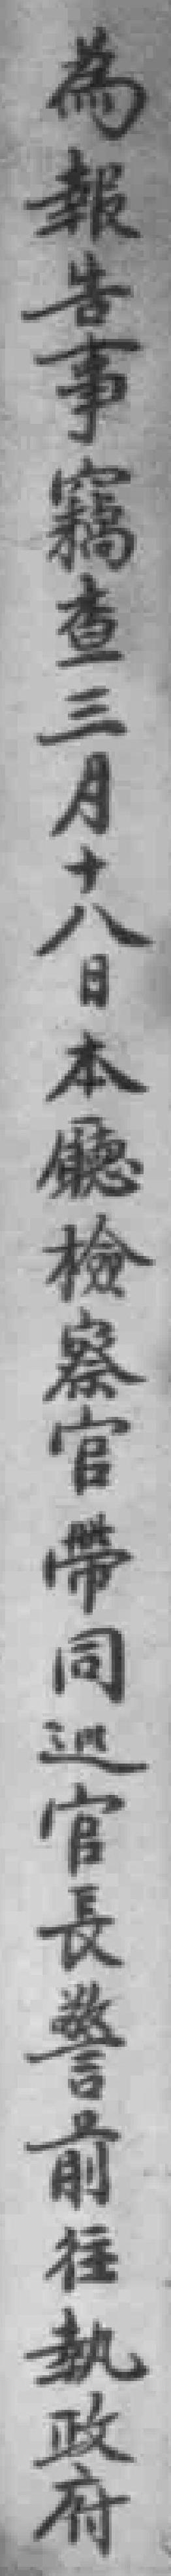
為報告事竊查三月十八日本廳檢察官帶同巡官長警前往執政府